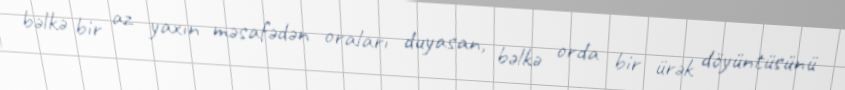
bəlkə bir az yaxın məsafədən oraları duyasan, bəlkə orda bir ürək döyüntüsünü